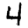
Digit: 4